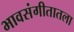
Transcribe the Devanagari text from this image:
भावसंगीतातला